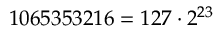
1 0 6 5 3 5 3 2 1 6 = 1 2 7 \cdot 2 ^ { 2 3 }